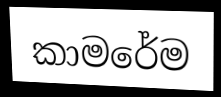
කාමරේම